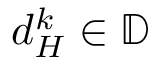
d _ { H } ^ { k } \in \mathbb { D }